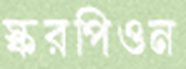
স্করপিওন